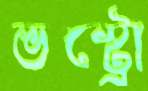
ভস্ট্রো